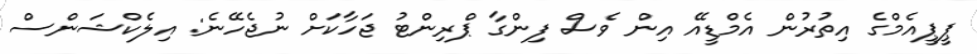
ޕީޕީއެމްގެ އިތުރުން އެމްޑީއޭ އިން ވެސް ފިންގާ ޕްރިންޓު ޖަހާކަށް ނުޖެހޭނެ: އިލެކްޝަންސް